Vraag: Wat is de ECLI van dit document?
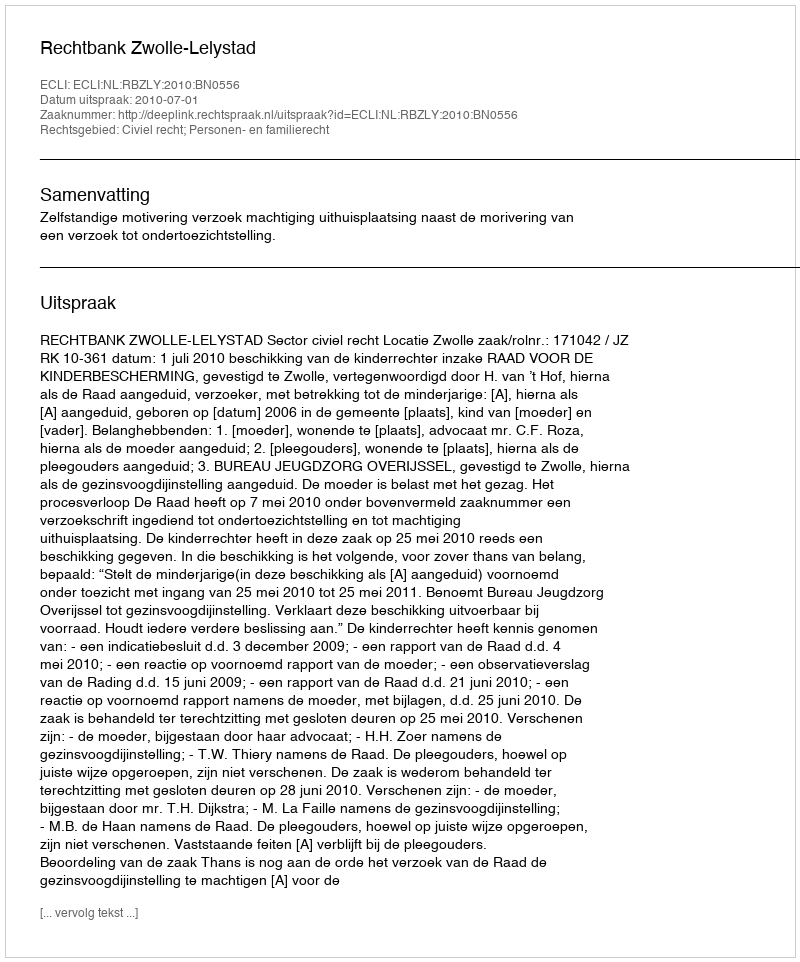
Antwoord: ECLI:NL:RBZLY:2010:BN0556